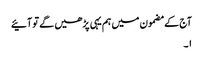
آج کے مضمون میں ہم یہی پڑھیں گے تو آئیے
۱۔